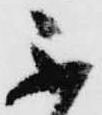
不